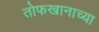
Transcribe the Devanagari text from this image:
तोफखानाच्या